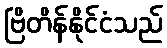
ဗြိတိန်နိုင်ငံသည်